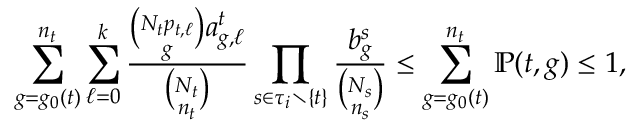
\sum _ { g = g _ { 0 } ( t ) } ^ { n _ { t } } \sum _ { \ell = 0 } ^ { k } \frac { \binom { N _ { t } p _ { t , \ell } } { g } a _ { g , \ell } ^ { t } } { \binom { N _ { t } } { n _ { t } } } \prod _ { s \in \tau _ { i } \setminus \{ t \} } \frac { b _ { g } ^ { s } } { \binom { N _ { s } } { n _ { s } } } \leq \sum _ { g = g _ { 0 } ( t ) } ^ { n _ { t } } \mathbb { P } ( t , g ) \leq 1 ,